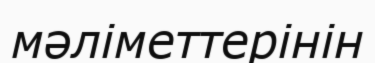
мәліметтерінін